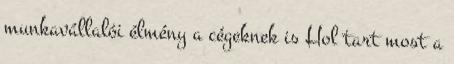
munkavállalói élmény a cégeknek is Hol tart most a